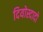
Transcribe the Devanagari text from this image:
दियोस्दादो